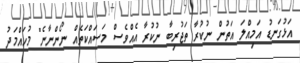
އަޅުގަނޑު އަމިއްލަ އަތުން ނުކުރާ ތަޖުރިބާ ނުކުރާ އެއްވެސް މަސައްކަތެއް ނޯންނާނެ" މުހައްމަދު